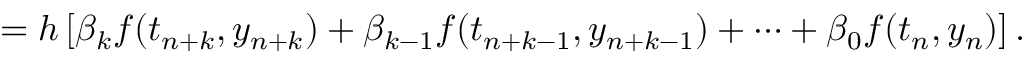
= h \left[ \beta _ { k } f ( t _ { n + k } , y _ { n + k } ) + \beta _ { k - 1 } f ( t _ { n + k - 1 } , y _ { n + k - 1 } ) + \cdots + \beta _ { 0 } f ( t _ { n } , y _ { n } ) \right] .